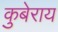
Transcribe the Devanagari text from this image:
कुबेराय